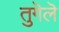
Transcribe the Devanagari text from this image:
तुगॆलॆ